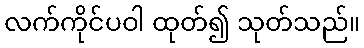
လက်ကိုင်ပဝါ ထုတ်၍ သုတ်သည်။